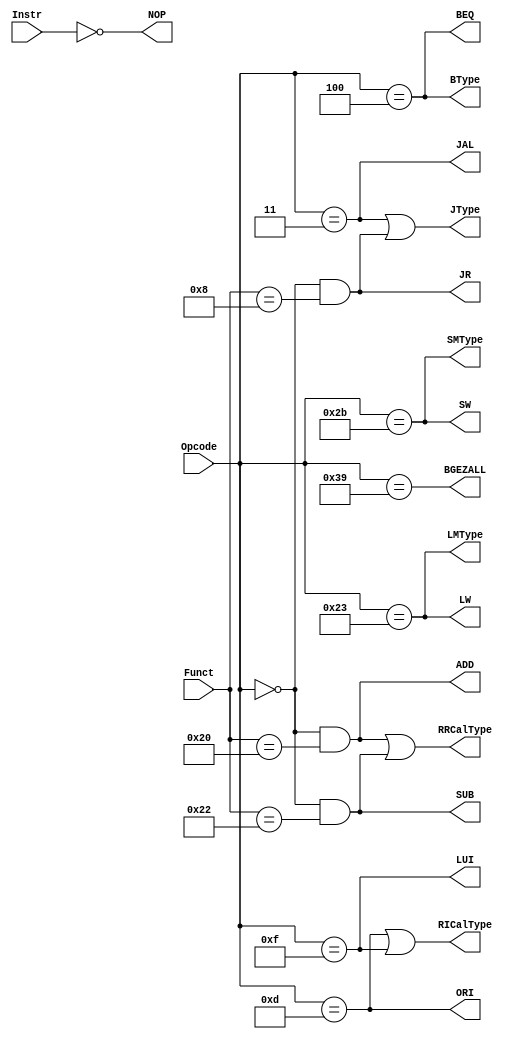
`timescale 1ns / 1ps
`default_nettype none
module TypeDecoder (
    input wire [31:0] Instr,
    input wire [5:0] Opcode, Funct,

    output wire RRCalType, ADD, SUB,
    output wire RICalType, ORI, LUI,
    output wire LMType, LW,
    output wire SMType, SW,
    output wire BType, BEQ,
    output wire JType, JAL, JR,
    output wire NOP,
    output wire BGEZALL
);
    assign RRCalType = ADD | SUB;
    assign ADD = (Opcode == 6'b000000) && (Funct == 6'b100000);
    assign SUB = (Opcode == 6'b000000) && (Funct == 6'b100010);

    assign RICalType = ORI | LUI; 
    assign ORI = (Opcode == 6'b001101);
    assign LUI = (Opcode == 6'b001111);

    assign LMType = LW;
    assign LW = (Opcode == 6'b100011);

    assign SMType = SW;
    assign SW = (Opcode == 6'b101011);

    assign BType = BEQ;
    assign BEQ = (Opcode == 6'b000100);

    assign JType = JAL | JR;
    assign JAL = (Opcode == 6'b000011);
    assign JR = (Opcode == 6'b000000) && (Funct == 6'b001000);

    assign NOP = (Instr == 32'd0);

    assign BGEZALL = (Opcode == 6'b111001);
endmodule